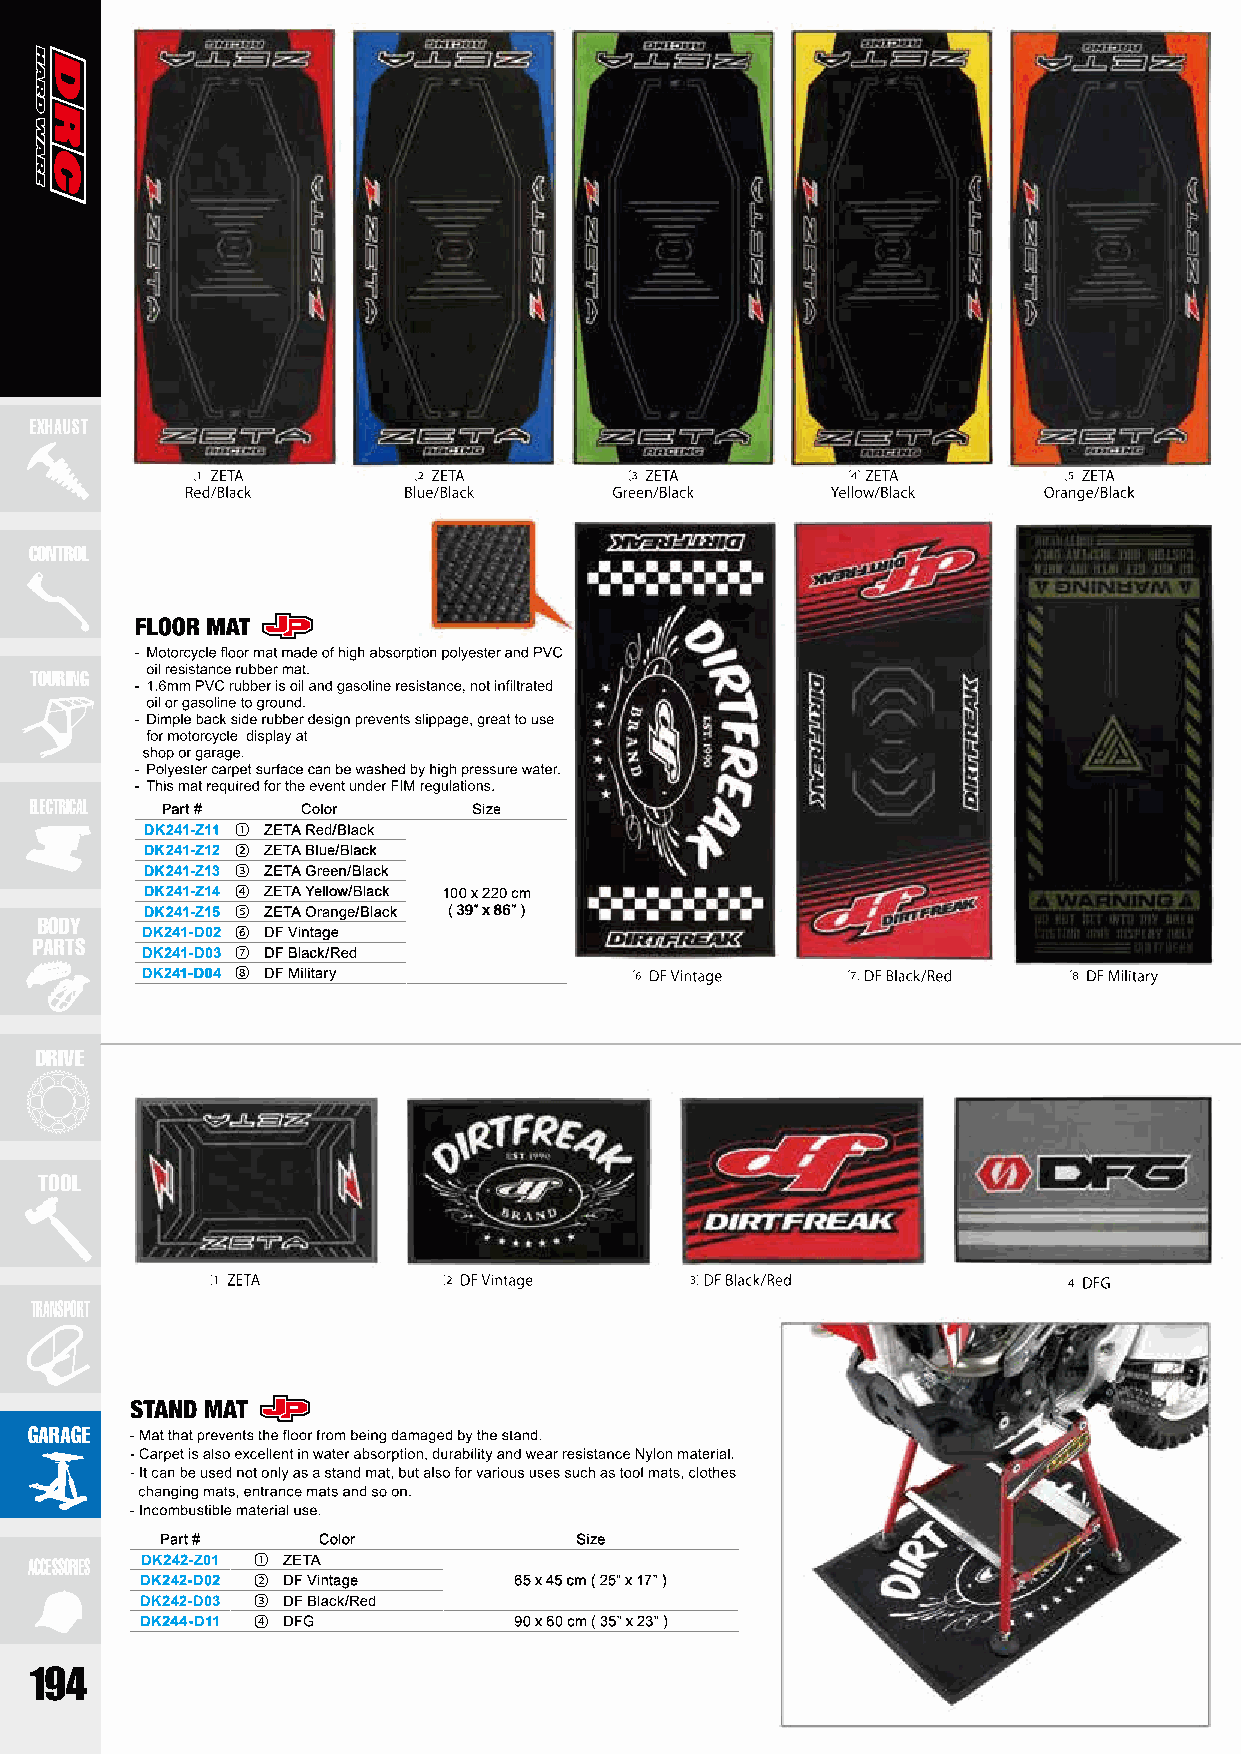
EXHAUST
 CONTROL
 TOURING
 ELECTRICAL Part # Color      Size
 DK241-Z11 ① ZETA Red/Black
 DK241-Z12 ② ZETA Blue/Black
 DK241-Z13 ③ ZETA Green/Black
 DK241-Z14 ④ ZETA Yellow/Black 100 x 220 cm
 DK241-Z15 ⑤ ZETA Orange/Black ( 39” x 86” )
 BODY
 DK241-D02 ⑥ DF Vintage
 PARTS
 DK241-D03 ⑦ DF Black/Red
 DK241-D04 ⑧ DF Military
 DRIVE
 TOOL
 TRANSPORT
 GARAGE
 Part #    Color            Size
 ACCESSORIES DK242-Z01 ① ZETA
 DK242-D02 ② DF Vintage   65 x 45 cm ( 25” x 17” )
 DK242-D03 ③ DF Black/Red
 DK244-D11 ④ DFG          90 x 60 cm ( 35” x 23” )
 194